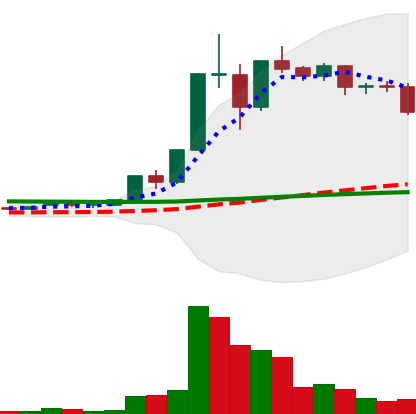
Ticker: XLM-USD
Chart end date: 2020-12-04
Forward return: 5.753%
Label: up_5_7